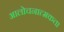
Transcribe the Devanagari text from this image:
आलोचनात्मकता